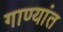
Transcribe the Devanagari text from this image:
गाण्यांत